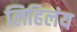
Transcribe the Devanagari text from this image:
लिहिलंय